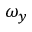
\omega _ { y }